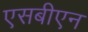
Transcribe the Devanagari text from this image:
एसबीएन